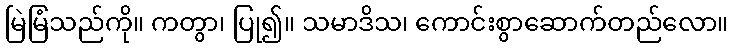
မြဲမြံသည်ကို။ ကတွာ၊ ပြု၍။ သမာဒိသ၊ ကောင်းစွာဆောက်တည်လော။